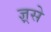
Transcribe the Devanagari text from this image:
ज्ञ्रसे